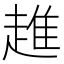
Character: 趡